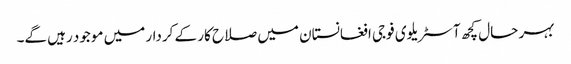
بہر حال کچھ آسٹریلوی فوجی افغانستان میں صلاح کار کے کردار میں موجود رہیں گے۔